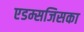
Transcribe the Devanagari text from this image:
एडम्सजिसका